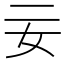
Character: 𡚬